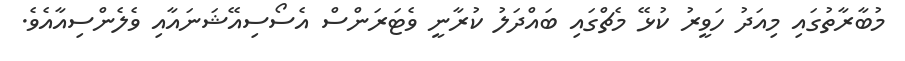
މުބާރާތުގައި މިއަދު ހަވީރު ކުޅޭ މެޗްގައި ބައްދަލު ކުރާނީ ވެޓަރަންސް އެސޯސިއޭޝަނައާއި ވެލެންސިއާއެވެ.